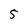
Character: 5